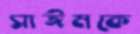
সাঈমকে